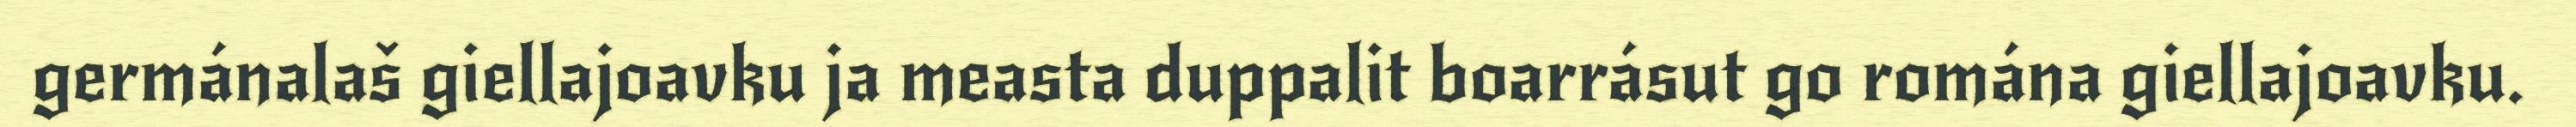
germánalaš giellajoavku ja measta duppalit boarrásut go romána giellajoavku.